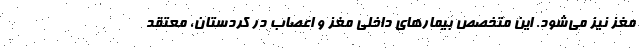
مغز نیز می‌شود. این متخصص بیمارهای داخلی مغز و اعصاب در کردستان، معتقد